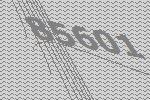
85601